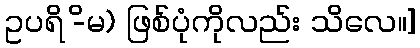
ဥပရိ -ိမ) ဖြစ်ပုံကိုလည်း သိလေ။]